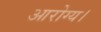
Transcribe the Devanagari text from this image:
आरोग्य।